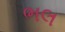
ભલ